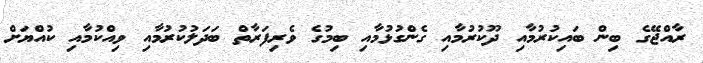
ރާއްޖޭގެ ބިން ބައިކުރުމާއި ދޫކުރުމާއި ގެންގުޅުމާއި ބިމުގެ ވެރިފަރާތް ބަދަލުކުރުމާއި ވިއްކުމާއި ކުއްޔަށް